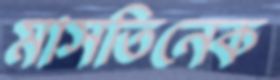
মাসতিনেক